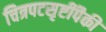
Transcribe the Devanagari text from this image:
चित्रपटसृष्टींपैकी